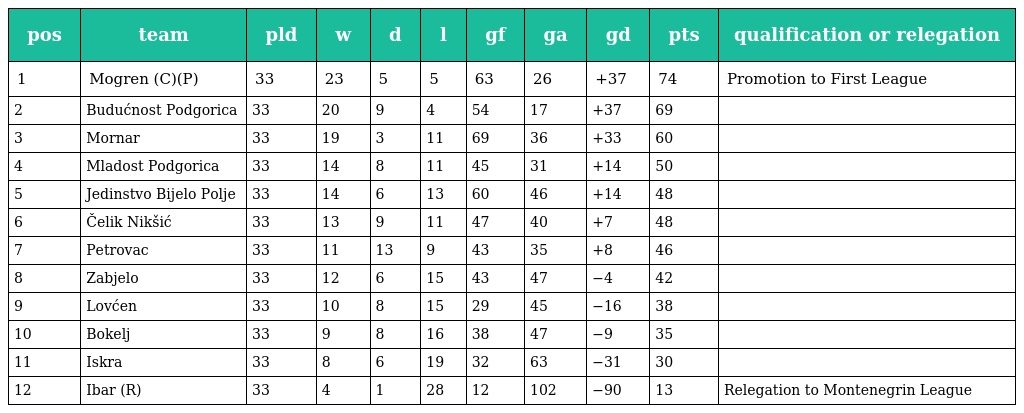
| pos | team | pld | w | d | l | gf | ga | gd | pts | qualification or relegation |
 | --- | --- | --- | --- | --- | --- | --- | --- | --- | --- | --- |
 | 1 | Mogren (C)(P) | 33 | 23 | 5 | 5 | 63 | 26 | +37 | 74 | Promotion to First League |
 | 2 | Budućnost Podgorica | 33 | 20 | 9 | 4 | 54 | 17 | +37 | 69 |  |
 | 3 | Mornar | 33 | 19 | 3 | 11 | 69 | 36 | +33 | 60 |  |
 | 4 | Mladost Podgorica | 33 | 14 | 8 | 11 | 45 | 31 | +14 | 50 |  |
 | 5 | Jedinstvo Bijelo Polje | 33 | 14 | 6 | 13 | 60 | 46 | +14 | 48 |  |
 | 6 | Čelik Nikšić | 33 | 13 | 9 | 11 | 47 | 40 | +7 | 48 |  |
 | 7 | Petrovac | 33 | 11 | 13 | 9 | 43 | 35 | +8 | 46 |  |
 | 8 | Zabjelo | 33 | 12 | 6 | 15 | 43 | 47 | −4 | 42 |  |
 | 9 | Lovćen | 33 | 10 | 8 | 15 | 29 | 45 | −16 | 38 |  |
 | 10 | Bokelj | 33 | 9 | 8 | 16 | 38 | 47 | −9 | 35 |  |
 | 11 | Iskra | 33 | 8 | 6 | 19 | 32 | 63 | −31 | 30 |  |
 | 12 | Ibar (R) | 33 | 4 | 1 | 28 | 12 | 102 | −90 | 13 | Relegation to Montenegrin League |